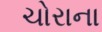
ચોરાના